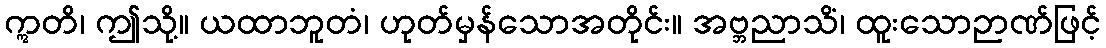
ဣတိ၊ ဤသို့။ ယထာဘူတံ၊ ဟုတ်မှန်သောအတိုင်း။ အဗ္ဘညာသိံ၊ ထူးသောဉာဏ်ဖြင့်